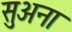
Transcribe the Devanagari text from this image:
सुअना